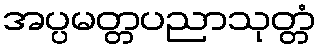
အပ္ပမတ္တပညာသုတ္တံ